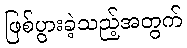
ဖြစ်ပွားခဲ့သည့်အတွက်